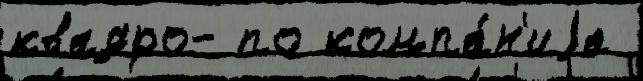
квадро- по компа́н'иjа